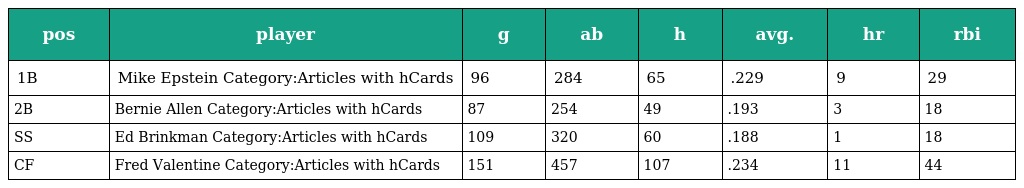
| pos | player | g | ab | h | avg. | hr | rbi |
 | --- | --- | --- | --- | --- | --- | --- | --- |
 | 1B | Mike Epstein Category:Articles with hCards | 96 | 284 | 65 | .229 | 9 | 29 |
 | 2B | Bernie Allen Category:Articles with hCards | 87 | 254 | 49 | .193 | 3 | 18 |
 | SS | Ed Brinkman Category:Articles with hCards | 109 | 320 | 60 | .188 | 1 | 18 |
 | CF | Fred Valentine Category:Articles with hCards | 151 | 457 | 107 | .234 | 11 | 44 |